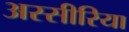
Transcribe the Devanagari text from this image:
अस्सीरिया